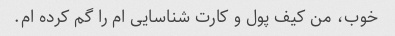
خوب، من کیف پول و کارت شناسایی ام را گم کرده ام.